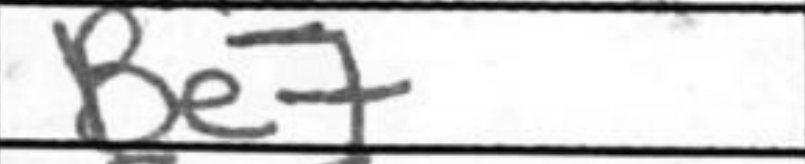
Transcription: Be7